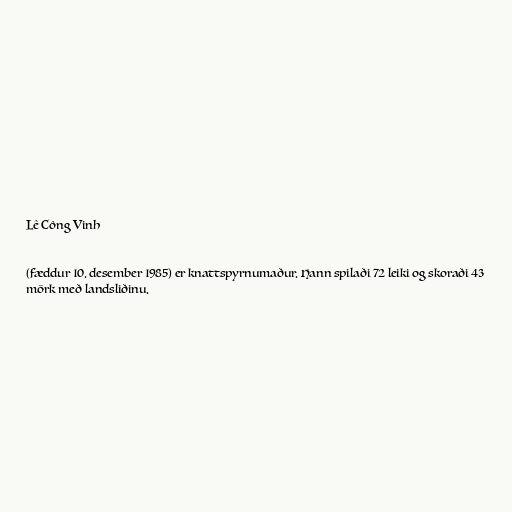
Lê Công Vinh

(fæddur 10. desember 1985) er knattspyrnumaður. Hann spilaði 72 leiki og skoraði 43
mörk með landsliðinu.